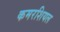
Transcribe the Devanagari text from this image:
कमरशियल